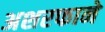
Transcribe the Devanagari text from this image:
अशरफाने